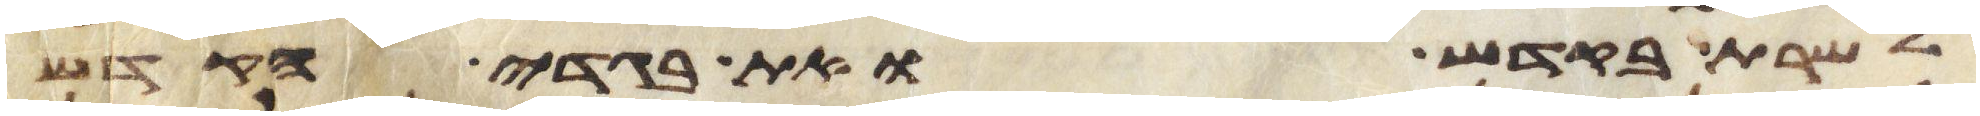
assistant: לשרת בקדש ואת בגדי הקדש